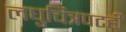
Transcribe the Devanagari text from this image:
लघुचित्रपटही